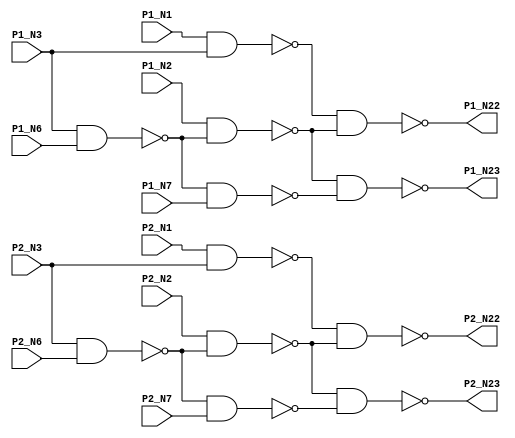
// Verilog
// c174
// Ninputs 20
// Noutputs 8
// NtotalGates 24
// NAND2 24

module c34 (P1_N1,P1_N2,P1_N3,P1_N6,P1_N7,P1_N22,P1_N23,
             P2_N1,P2_N2,P2_N3,P2_N6,P2_N7,P2_N22,P2_N23,
             //P3_N1,P3_N2,P3_N3,P3_N6,P3_N7,P3_N22,P3_N23,
             //P4_N1,P4_N2,P4_N3,P4_N6,P4_N7,P4_N22,P4_N23
);
input P1_N1,P1_N2,P1_N3,P1_N6,P1_N7,P2_N1,P2_N2,P2_N3,P2_N6,P2_N7;//,P3_N1,P3_N2,P3_N3,P3_N6,P3_N7,P4_N1,P4_N2,P4_N3,P4_N6,P4_N7;

output P1_N22,P1_N23,P2_N22,P2_N23;//,P3_N22,P3_N23,P4_N22,P4_N23;

wire P1_N10,P1_N11,P1_N16,P1_N19,P2_N10,P2_N11,P2_N16,P2_N19;//,P3_N10,P3_N11,P3_N16,P3_N19,P4_N10,P4_N11,P4_N16,P4_N19;

nand NAND2_1  (P1_N10, P1_N1,  P1_N3);
nand NAND2_2  (P1_N11, P1_N3,  P1_N6);
nand NAND2_3  (P1_N16, P1_N2,  P1_N11);
nand NAND2_4  (P1_N19, P1_N11, P1_N7);
nand NAND2_5  (P1_N22, P1_N10, P1_N16);
nand NAND2_6  (P1_N23, P1_N16, P1_N19);

nand NAND2_7  (P2_N10, P2_N1,  P2_N3);
nand NAND2_8  (P2_N11, P2_N3,  P2_N6);
nand NAND2_9  (P2_N16, P2_N2,  P2_N11);
nand NAND2_10 (P2_N19, P2_N11, P2_N7);
nand NAND2_11 (P2_N22, P2_N10, P2_N16);
nand NAND2_12 (P2_N23, P2_N16, P2_N19);

/*
nand NAND2_13 (P3_N10, P3_N1,  P3_N3);
nand NAND2_14 (P3_N11, P3_N3,  P3_N6);
nand NAND2_15 (P3_N16, P3_N2,  P3_N11);
nand NAND2_16 (P3_N19, P3_N11, P3_N7);
nand NAND2_17 (P3_N22, P3_N10, P3_N16);
nand NAND2_18 (P3_N23, P3_N16, P3_N19);

nand NAND2_19 (P4_N10, P4_N1,  P4_N3);
nand NAND2_20 (P4_N11, P4_N3,  P4_N6);
nand NAND2_21 (P4_N16, P4_N2,  P4_N11);
nand NAND2_22 (P4_N19, P4_N11, P4_N7);
nand NAND2_23 (P4_N22, P4_N10, P4_N16);
nand NAND2_24 (P4_N23, P4_N16, P4_N19);
*/
endmodule